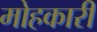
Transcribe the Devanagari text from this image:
मोहकारी